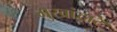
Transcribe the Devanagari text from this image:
मुखांद्वारे